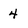
Character: 4